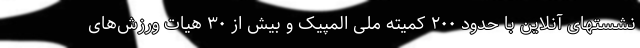
نشستهای آنلاین با حدود ۲۰۰ کمیته ملی المپیک و بیش از ۳۰ هیات ورزش‌های